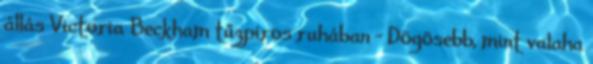
állás Victoria Beckham tűzpiros ruhában - Dögösebb, mint valaha